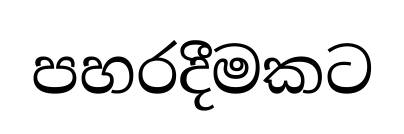
පහරදීමකට